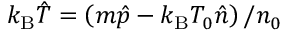
\ensuremath { k _ { \mathrm { B } } } \hat { T } = \left( m \hat { p } - \ensuremath { k _ { \mathrm { B } } } T _ { 0 } \hat { n } \right) / n _ { 0 }